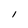
Character: I